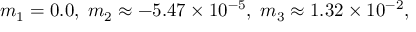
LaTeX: m _ { 1 } = 0 . 0 , \; m _ { 2 } \approx - 5 . 4 7 \times 1 0 ^ { - 5 } , \; m _ { 3 } \approx 1 . 3 2 \times 1 0 ^ { - 2 } ,